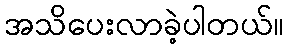
အသိပေးလာခဲ့ပါတယ်။